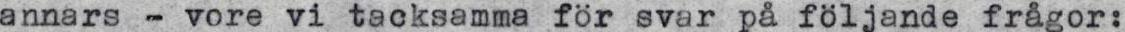
annars - vore vi tacksamma för svar på följande frågor: